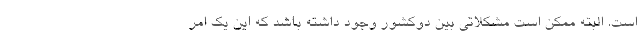
است. البته ممکن است مشکلاتی بین دوکشور وجود داشته باشد که این یک امر